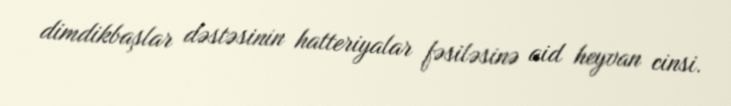
dimdikbaşlar dəstəsinin hatteriyalar fəsiləsinə aid heyvan cinsi.